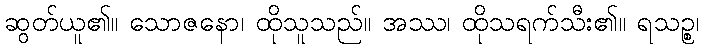
ဆွတ်ယူ၏။ သောဇနော၊ ထိုသူသည်။ အဿ၊ ထိုသရက်သီး၏။ ရသဉ္စ၊